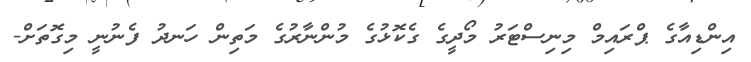
އިންޑިއާގެ ޕްރައިމް މިނިސްޓަރު މޯދީގެ ގެކޮޅުގެ މުންނާރުގެ މަތިން ހަނދު ފެނުނީ މިގޮތަށް-